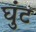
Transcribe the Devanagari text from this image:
घुंट